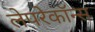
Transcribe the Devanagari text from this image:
लेपरेकॉन्स